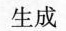
生成